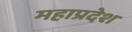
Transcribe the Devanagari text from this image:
महाप्रदेश